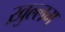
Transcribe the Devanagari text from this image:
ख़ुल्लम